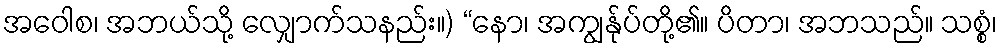
အဝေါစ၊ အဘယ်သို့ လျှောက်သနည်း။) “နော၊ အကျွန်ုပ်တို့၏။ ပိတာ၊ အဘသည်။ သစ္စံ၊